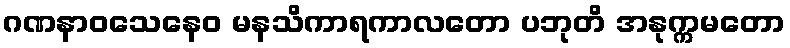
ဂဏနာဝသေနေဝ မနသိကာရကာလတော ပဘုတိ အနုက္ကမတော